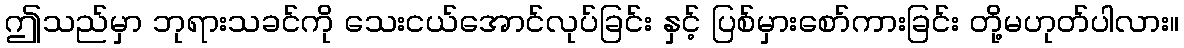
ဤသည်မှာ ဘုရားသခင်ကို သေးငယ်အောင်လုပ်ခြင်း နှင့် ပြစ်မှားစော်ကားခြင်း တို့မဟုတ်ပါလား။